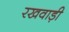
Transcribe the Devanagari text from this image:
रखवाड़ी